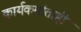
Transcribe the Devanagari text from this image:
कार्यकर्माताही